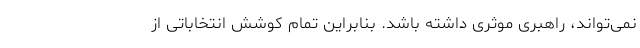
نمی‌تواند، راهبری موثری داشته باشد. بنابراین تمام کوشش انتخاباتی از